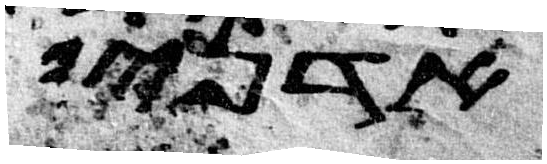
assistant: אדני